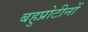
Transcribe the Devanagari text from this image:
बहुप्रोटीनों